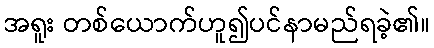
အရူး တစ်ယောက်ဟူ၍ပင်နာမည်ရခဲ့၏။